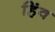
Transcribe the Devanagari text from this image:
हिंव